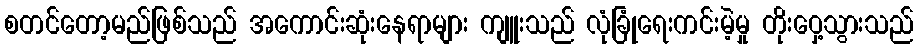
စတင်တော့မည်ဖြစ်သည် အကောင်းဆုံးနေရာများ ကျူးသည် လုံခြုံရေးကင်းမဲ့မှု တိုးဝှေ့သွားသည်